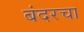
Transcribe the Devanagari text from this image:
बंदरचा